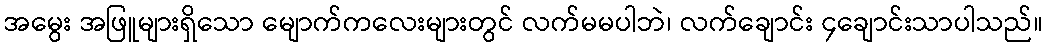
အမွေး အဖြူများရှိသော မျောက်ကလေးများတွင် လက်မမပါဘဲ၊ လက်ချောင်း ၄ချောင်းသာပါသည်။